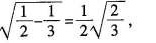
\sqrt{ \frac{1}{2}- \frac{1}{3}}= \frac{1}{2} \sqrt{ \frac{2}{3}} ,